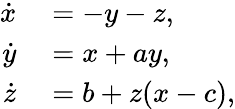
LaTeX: \begin{array}{rl}{\dot{x}}&{{}=-y-z,}\\ {\dot{y}}&{{}=x+ay,}\\ {\dot{z}}&{{}=b+z(x-c),}\end{array}